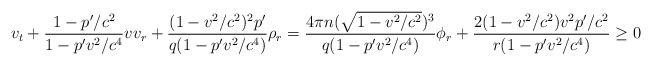
LaTeX: \begin{align*}\displaystyle v_{t}+\frac{1-{p}^{\prime}/c^{2}}{1-{p}^{\prime}v^{2}/c^{4}}vv_{r}+\frac{(1-v^{2}/c^{2})^{2}{p}^{\prime}}{q(1-{p}^{\prime}v^{2}/c^{4})}\rho_{r}=\frac{4\pi n(\sqrt{1-v^{2}/c^{2}})^{3}}{q(1-{p}^{\prime}v^{2}/c^{4})}\phi_{r}+\frac{2(1-v^{2}/c^{2})v^{2}{p}^{\prime}/c^{2}}{r(1-{p}^{\prime}v^{2}/c^{4})}\geq0\end{align*}